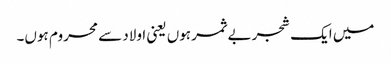
میں ایک شجر بے ثمر ہوں یعنی اولاد سے محروم ہوں۔